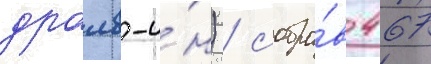
драив-и́н) / собра́в 467